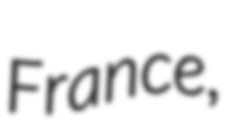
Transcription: France,